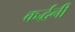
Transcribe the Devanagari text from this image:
कर्द्धनी